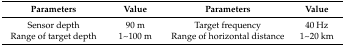
<table><thead><tr><td><b>Parameters</b></td><td><b>Value</b></td><td><b>Parameters</b></td><td><b>Value</b></td></tr></thead><tbody><tr><td>Sensor depth</td><td>90 m</td><td>Target frequency</td><td>40 Hz</td></tr><tr><td>Range of target depth</td><td>1~100 m</td><td>Range of horizontal distance</td><td>1~20 km</td></tr></tbody></table>